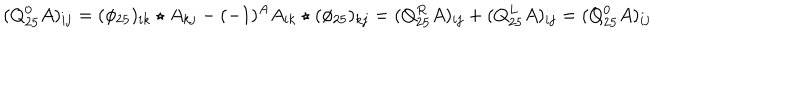
LaTeX: ( Q _ { 2 5 } ^ { 0 } A ) _ { i j } = ( \phi _ { 2 5 } ) _ { i k } \star A _ { k j } - ( - 1 ) ^ { A } A _ { i k } \star ( \phi _ { 2 5 } ) _ { k j } = ( Q _ { 2 5 } ^ { R } A ) _ { i j } + ( Q _ { 2 5 } ^ { L } A ) _ { i j } = ( Q _ { 2 5 } ^ { 0 } A ) _ { i j }